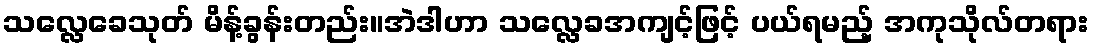
သလ္လေခေသုတ် မိန့်ခွန်းတည်း။အဲဒါဟာ သလ္လေခအကျင့်ဖြင့် ပယ်ရမည့် အကုသိုလ်တရား